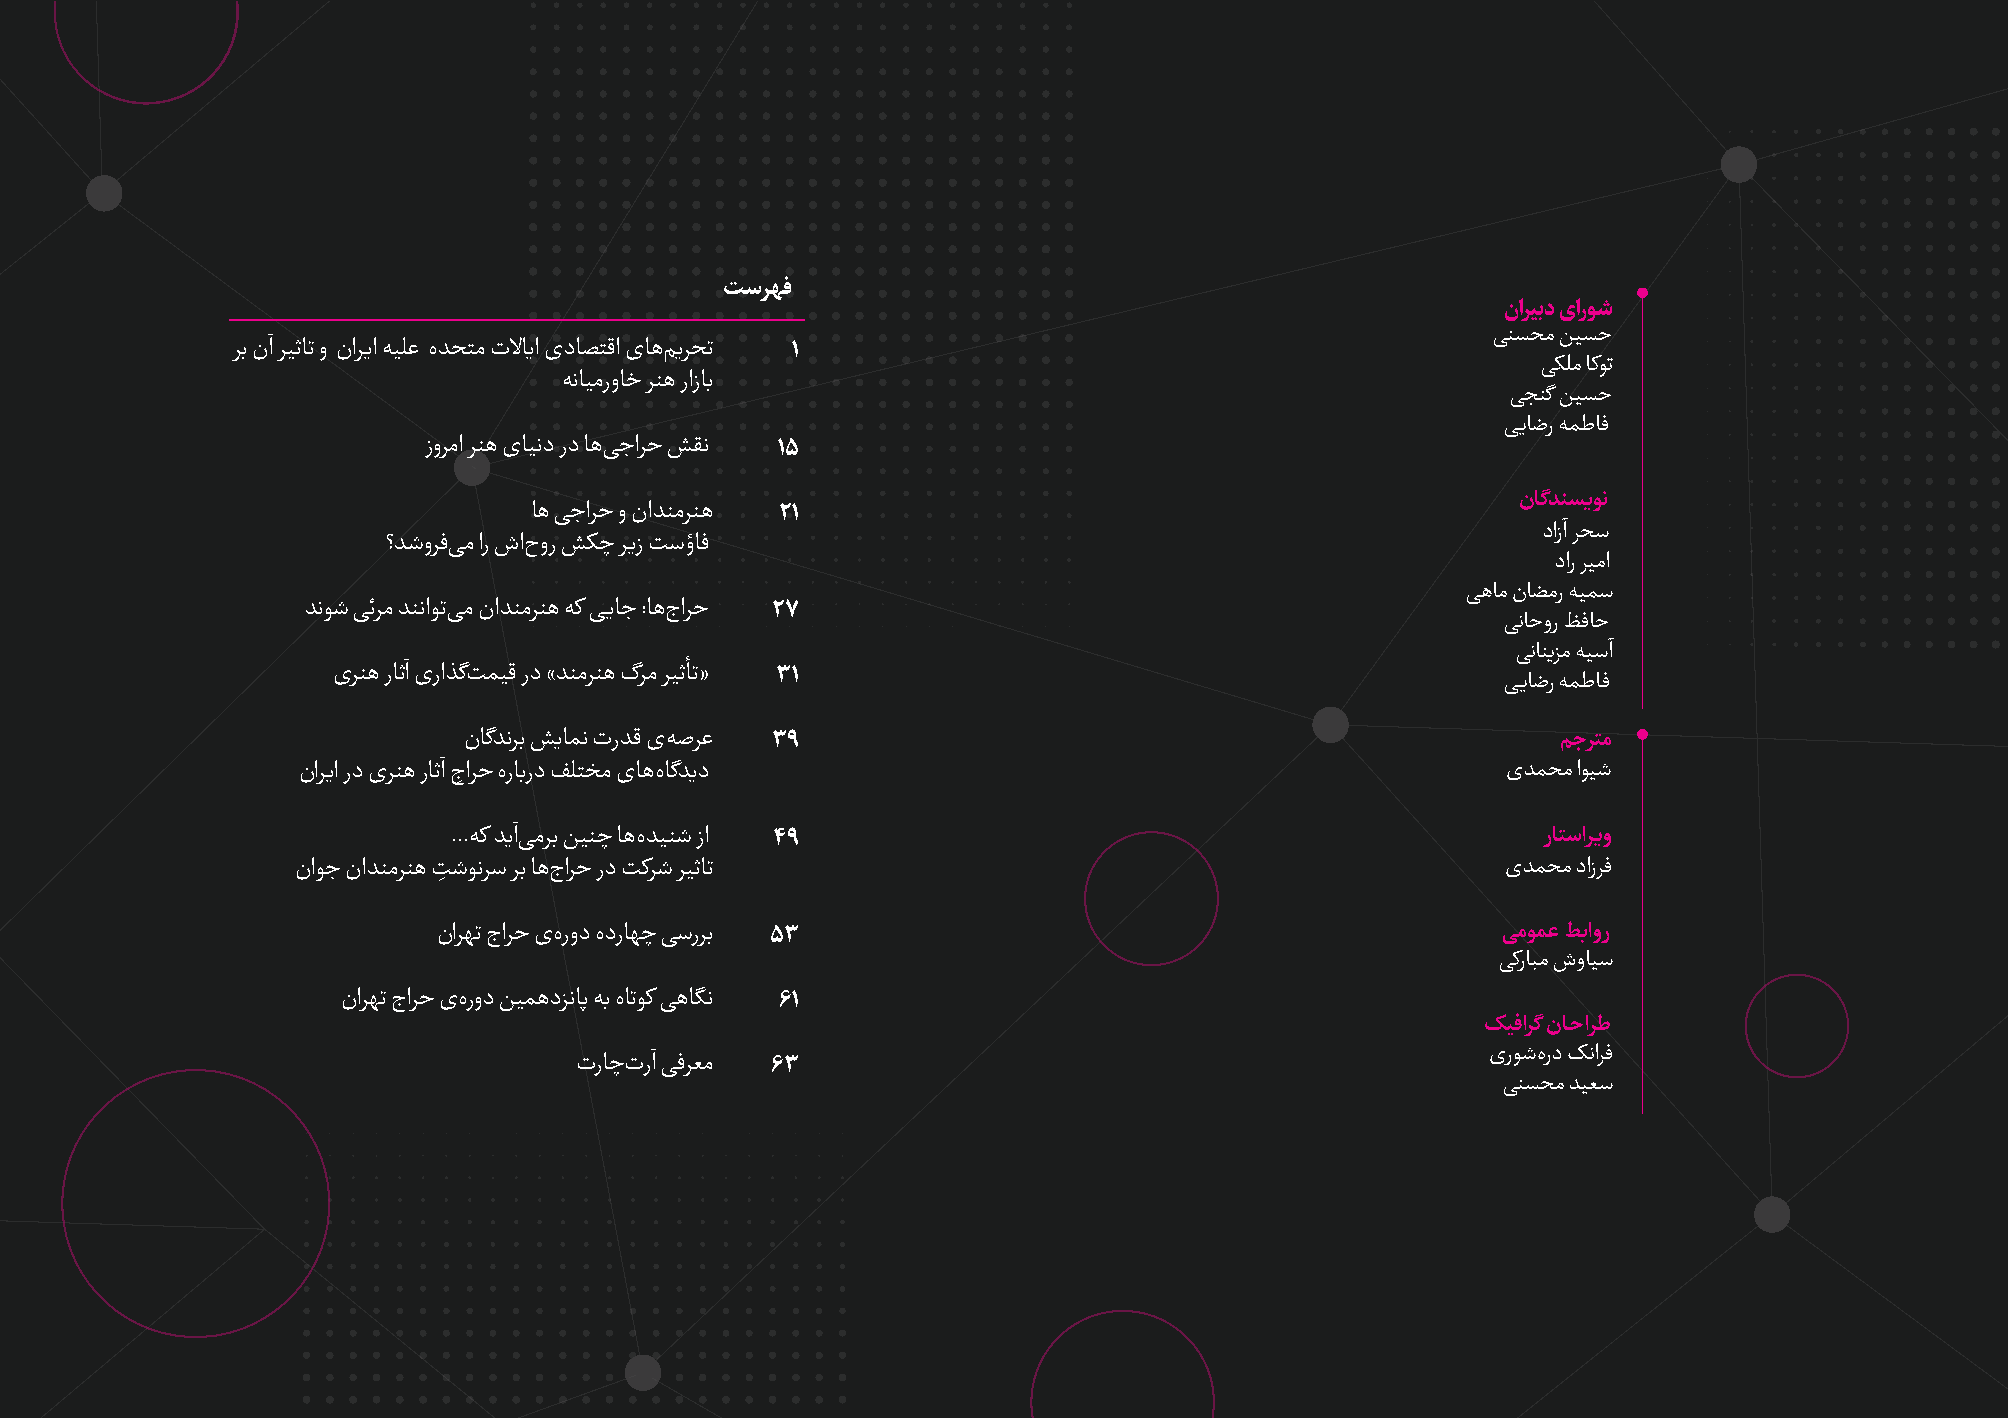
�����
 نا���د یار��
 ����� ����
 �� نآ ����� و نا��ا ���� ه���� ت���ا ید����ا ی��� ���� ۱
 ���� ����
 �����رو�� ��� راز��
 ���� ����
 ����ر �����
 زو��ا ��� ی���د رد �� ��ا�� ��� ۱۵
 ن��������
 �� ��ا�� و نا������ ۲۱
 دازآ ���
 ؟��و�� �� ار شا �ور ��� ��ز ��ؤ��
 دار ���ا
 ���� ن���ر ����
 ���� ���� ���ا�� �� نا������ �� ���� :�� جا�� ۲۷
 ����ور ����
 ������� ���آ
 ی��� ر��آ یرا��� ��� رد «������ گ�� �����» ۳۱
 ����ر �����
 ن������ ����� تر�� ی ���� ۳۹                                            �����
 نا��ا رد ی��� ر��آ جِ ا�� هر��رد ����� ی�� ه����د                               ی���� ا���
 ...�� ��آ ���� ���� �� ه���� زا ۴۹                                      ر���ا��و
 نا�� نا������ �ِ ����� �� �� جا�� رد ���� �����                                 ی���� داز��
 نا��� جا�� ی هرود هدر��� ��ر�� ۵۳                                     ����� ��اور
 ��ر��� شو���
 نا��� جا�� ی هرود ����د���� �� ه���� ����� ۶۱
 ���ا�� ن��ا��
 یر�� هرد ��ا��
 تر�� ترآ ����� ۶۳
 ����� ����